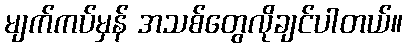
မျက်ကပ်မှန် အသစ်တွေလိုချင်ပါတယ်။